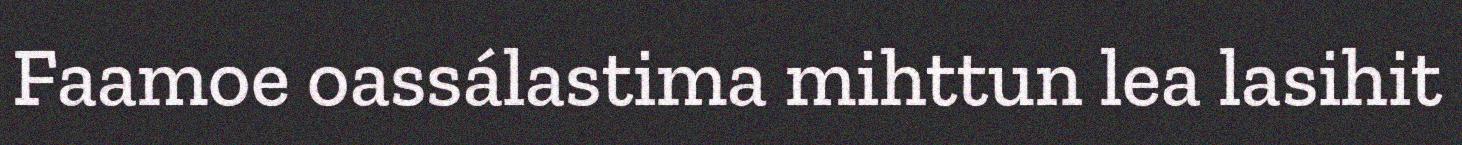
Faamoe oassálastima mihttun lea lasihit